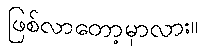
ဖြစ်လာတော့မှာလား။